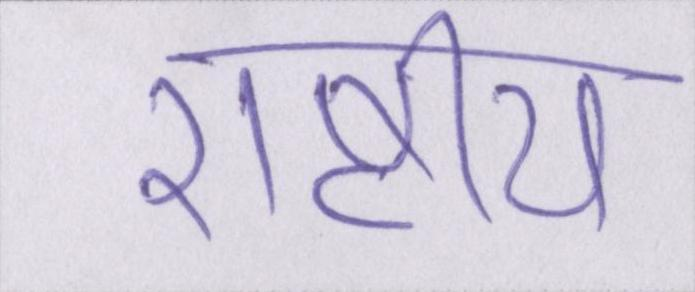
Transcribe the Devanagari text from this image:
राष्ट्रीय